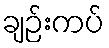
ချဉ်းကပ်